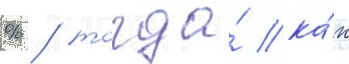
% / тогда́ ка́к